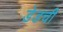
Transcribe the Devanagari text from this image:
डेडची